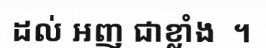
ដល់ អញ ជាខ្លាំង  ។